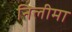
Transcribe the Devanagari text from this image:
निलीमा